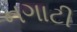
નગાટી